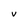
Character: v